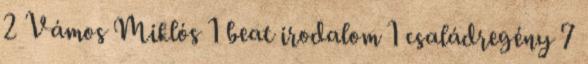
2 Vámos Miklós 1 beat irodalom 1 családregény 7